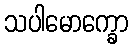
သပါမောက္ခော